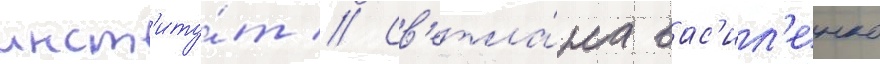
инст'иту́т // Св'етла́на вас'ил'енко